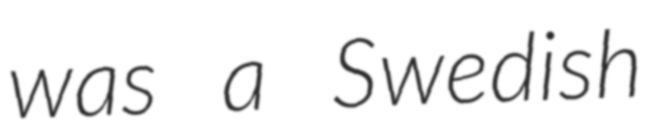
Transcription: was a Swedish